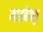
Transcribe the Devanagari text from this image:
माडबेक्कू